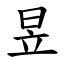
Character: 昱